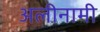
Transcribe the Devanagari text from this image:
अलीनामी